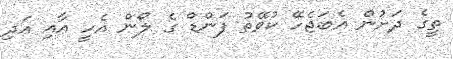
ތީގެ ދަށުން އެބަޖެހޭ ކުވޭތު ފަންޑް ގެ ލޯން އެހީ އާއި އަދި